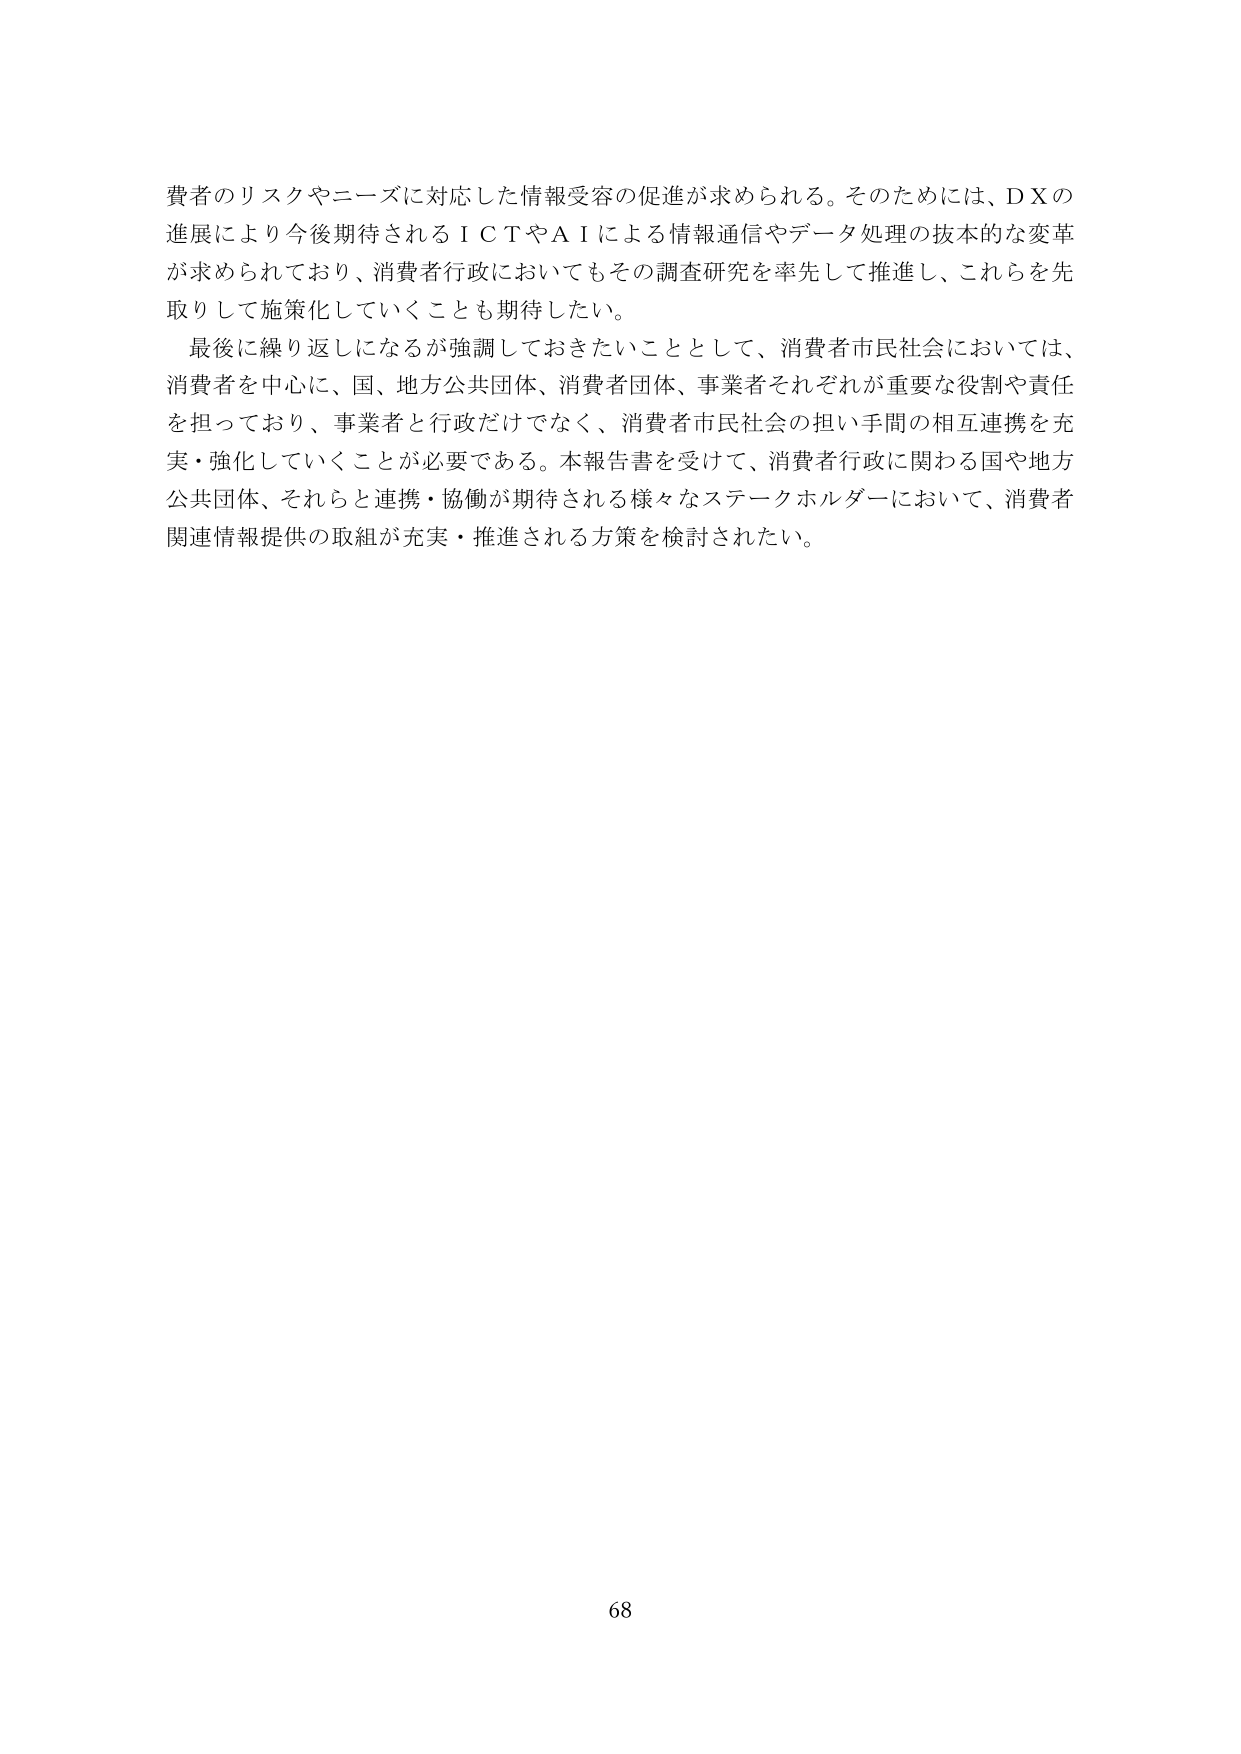
費者のリスクやニーズに対応した情報受容の促進が求められる。そのためには、ＤＸの進展により今後期待されるＩＣＴやＡＩによる情報通信やデータ処理の技術的な変革が求められており、消費者行政においてもその調査研究を率先して推進し、これらを先取りして施策化していくことも期待したい。

最後に繰り返しになるが強調しておきたいこととして、消費者市民社会においては、消費者を中心に、国、地方公共団体、消費者団体、事業者それぞれが重要な役割や責任を担っており、事業者と行政だけでなく、消費者市民社会の担い手間の相互連携を充実・強化していくことが必要である。本報告書を受けて、消費者行政に関わる国や地方公共団体、それらと連携・協働が期待される様々なステークホルダーにおいて、消費者関連情報提供の取組が充実・推進される方策を検討されたい。

68